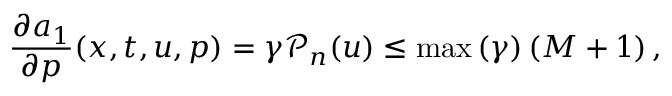
\frac { \partial a _ { 1 } } { \partial p } ( x , t , u , p ) = \gamma \mathcal { P } _ { n } ( u ) \leq \operatorname* { m a x } { \left( \gamma \right) } \left( M + 1 \right) ,